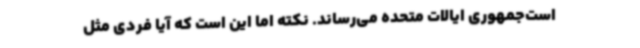
است‌جمهوری ایالات متحده می‌رساند. نکته اما این است که آیا فردی مثل